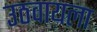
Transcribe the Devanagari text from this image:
उठवायला